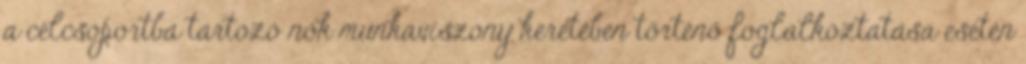
a célcsoportba tartozó nők munkaviszony keretében történő foglalkoztatása esetén